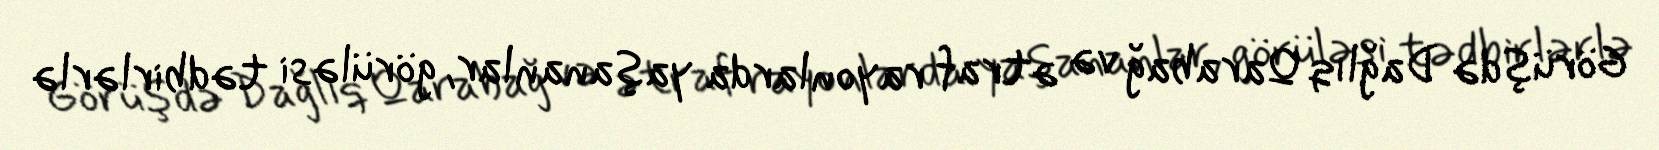
Görüşdə Dağlıq Qarabağ və ətraf rayonlarda yaşananlar, görüləsi tədbirlərlə